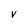
Character: V